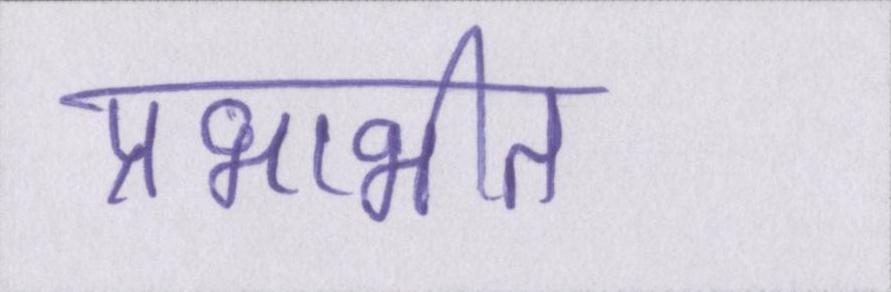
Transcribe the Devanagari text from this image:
प्रभाभीत